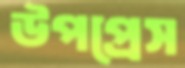
উপপ্রেস